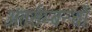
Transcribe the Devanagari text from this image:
अंतर्सम्बन्धों